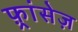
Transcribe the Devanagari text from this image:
फ़्रांसेज़